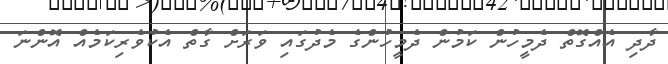
ދާދި އެއްގޮތް ދެމީހުން ކަމުން ދެމީހުންގެ މެދުގައި ވަރަށް ގާތް އެކުވެރިކަމެއް އޮންނަ